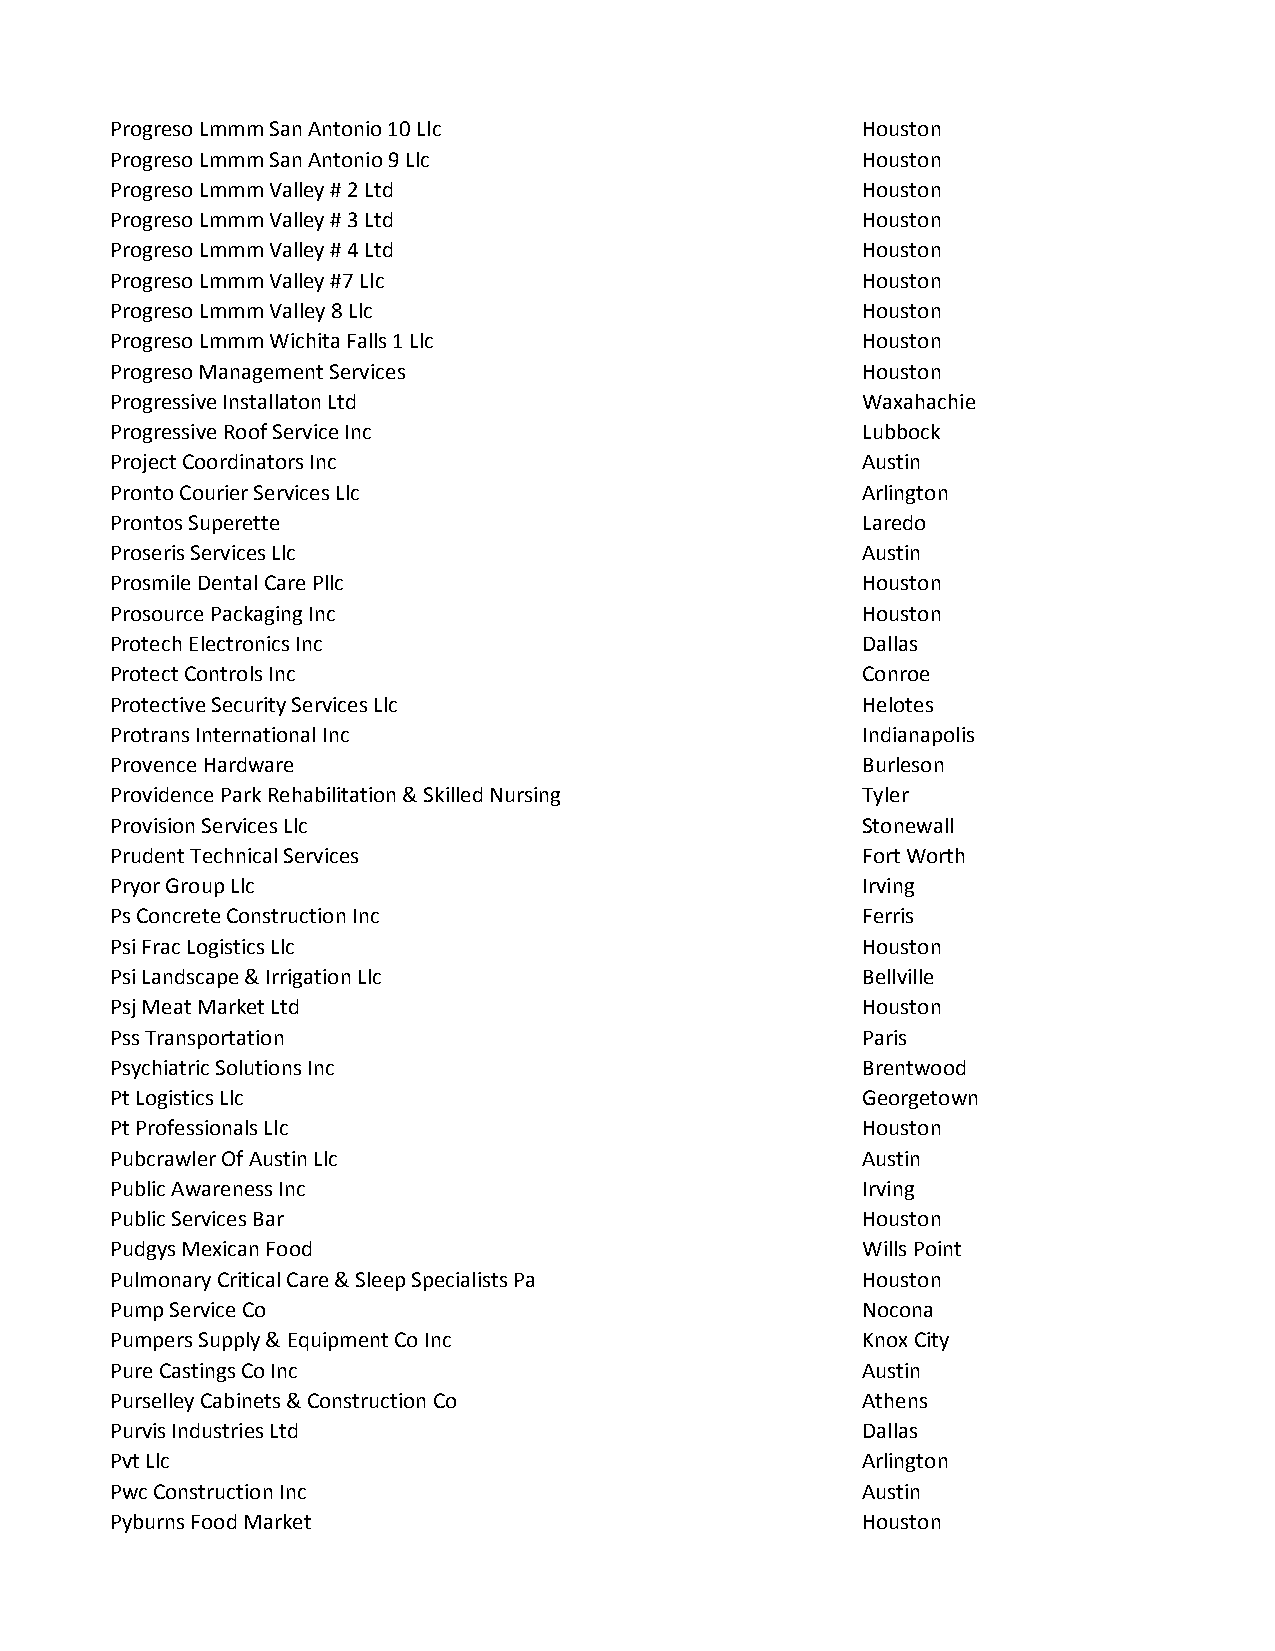
Progreso Lmmm San Antonio 10 Llc                  Houston
 Progreso Lmmm San Antonio 9 Llc                   Houston
 Progreso Lmmm Valley # 2 Ltd                      Houston
 Progreso Lmmm Valley # 3 Ltd                      Houston
 Progreso Lmmm Valley # 4 Ltd                      Houston
 Progreso Lmmm Valley #7 Llc                       Houston
 Progreso Lmmm Valley 8 Llc                        Houston
 Progreso Lmmm Wichita Falls 1 Llc                 Houston
 Progreso Management Services                      Houston
 Progressive Installaton Ltd                       Waxahachie
 Progressive Roof Service Inc                      Lubbock
 Project Coordinators Inc                          Austin
 Pronto Courier Services Llc                       Arlington
 Prontos Superette                                 Laredo
 Proseris Services Llc                             Austin
 Prosmile Dental Care Pllc                         Houston
 Prosource Packaging Inc                           Houston
 Protech Electronics Inc                           Dallas
 Protect Controls Inc                              Conroe
 Protective Security Services Llc                  Helotes
 Protrans International Inc                        Indianapolis
 Provence Hardware                                 Burleson
 Providence Park Rehabilitation & Skilled Nursing  Tyler
 Provision Services Llc                            Stonewall
 Prudent Technical Services                        Fort Worth
 Pryor Group Llc                                   Irving
 Ps Concrete Construction Inc                      Ferris
 Psi Frac Logistics Llc                            Houston
 Psi Landscape & Irrigation Llc                    Bellville
 Psj Meat Market Ltd                               Houston
 Pss Transportation                                Paris
 Psychiatric Solutions Inc                         Brentwood
 Pt Logistics Llc                                  Georgetown
 Pt Professionals Llc                              Houston
 Pubcrawler Of Austin Llc                          Austin
 Public Awareness Inc                              Irving
 Public Services Bar                               Houston
 Pudgys Mexican Food                               Wills Point
 Pulmonary Critical Care & Sleep Specialists Pa    Houston
 Pump Service Co                                   Nocona
 Pumpers Supply & Equipment Co Inc                 Knox City
 Pure Castings Co Inc                              Austin
 Purselley Cabinets & Construction Co              Athens
 Purvis Industries Ltd                             Dallas
 Pvt Llc                                           Arlington
 Pwc Construction Inc                              Austin
 Pyburns Food Market                               Houston